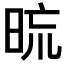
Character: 𣆖